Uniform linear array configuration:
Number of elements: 32
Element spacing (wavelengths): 1
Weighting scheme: hann
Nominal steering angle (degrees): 0
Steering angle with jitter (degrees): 0.9318
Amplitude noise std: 0.05
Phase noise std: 0.05

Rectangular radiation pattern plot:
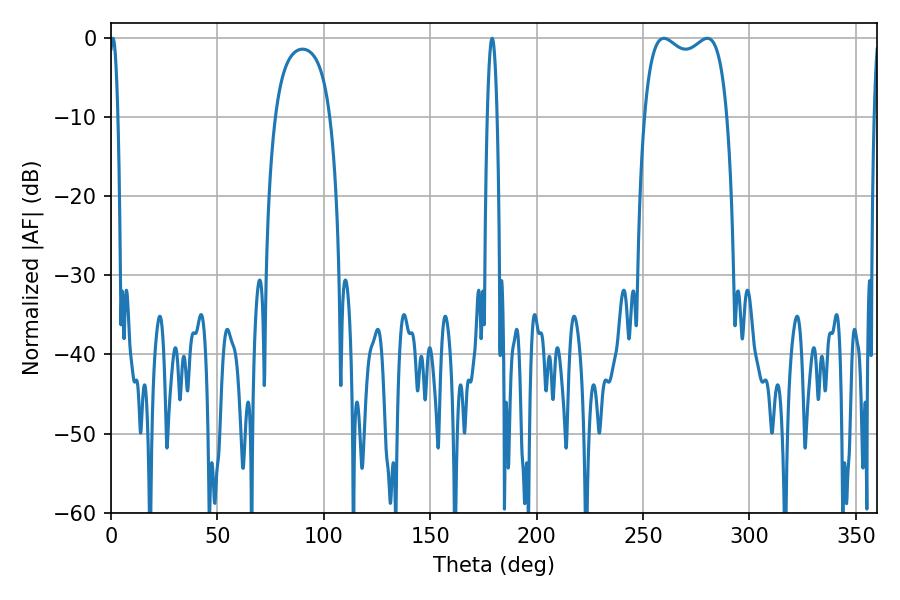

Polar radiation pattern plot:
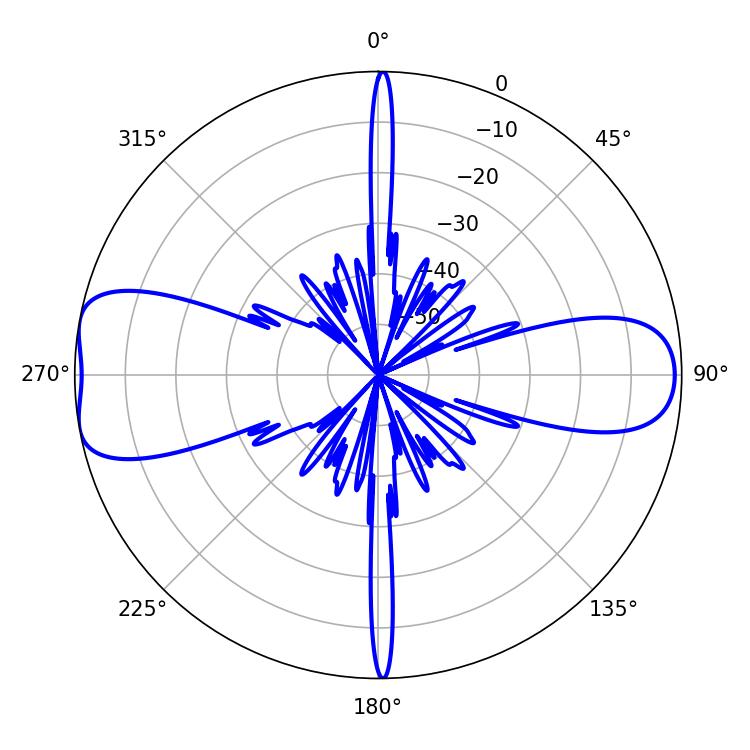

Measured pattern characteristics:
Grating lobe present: TRUE
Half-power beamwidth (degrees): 32.04
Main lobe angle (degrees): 259.74